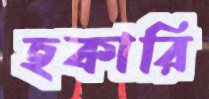
হকারি